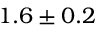
1 . 6 \pm 0 . 2